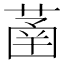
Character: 䓿